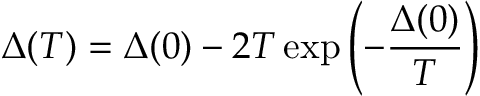
\Delta ( T ) = \Delta ( 0 ) - 2 T \exp \left( - \frac { \Delta ( 0 ) } { T } \right)